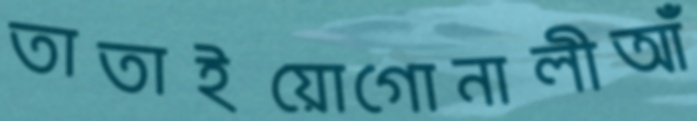
তাতাইয়োগোনালীআঁ